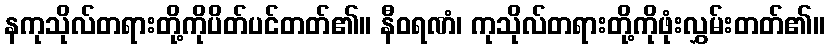
နကုသိုလ်တရားတို့ကိုပိတ်ပင်တတ်၏။ နီဝရဏံ၊ ကုသိုလ်တရားတို့ကိုဖုံးလွှမ်းတတ်၏။